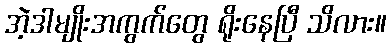
အဲ့ဒါမျိုးအကွက်တွေ ရိုးနေပြီ သိလား။